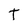
Character: T